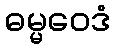
ဓမ္မဝေဒံ